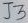
Text: J3